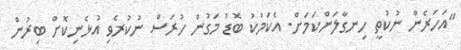
"އަހަރެން ނުކުތީ ހިނގާލަންކަމަށް. އެކަމަކު ބޮޑު މަގުން ހުރަސް ނުކުރެވި އުޅެނިކޮށް ބިރުން